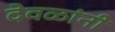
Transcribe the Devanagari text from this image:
देवळांनी